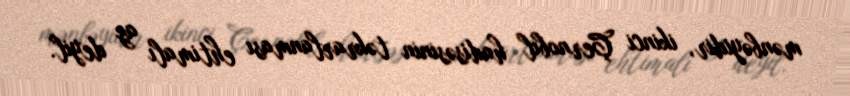
mənbəyidir, ikinci Çernobıl hadisəsinin təkrarlanması ehtimalı az deyil.